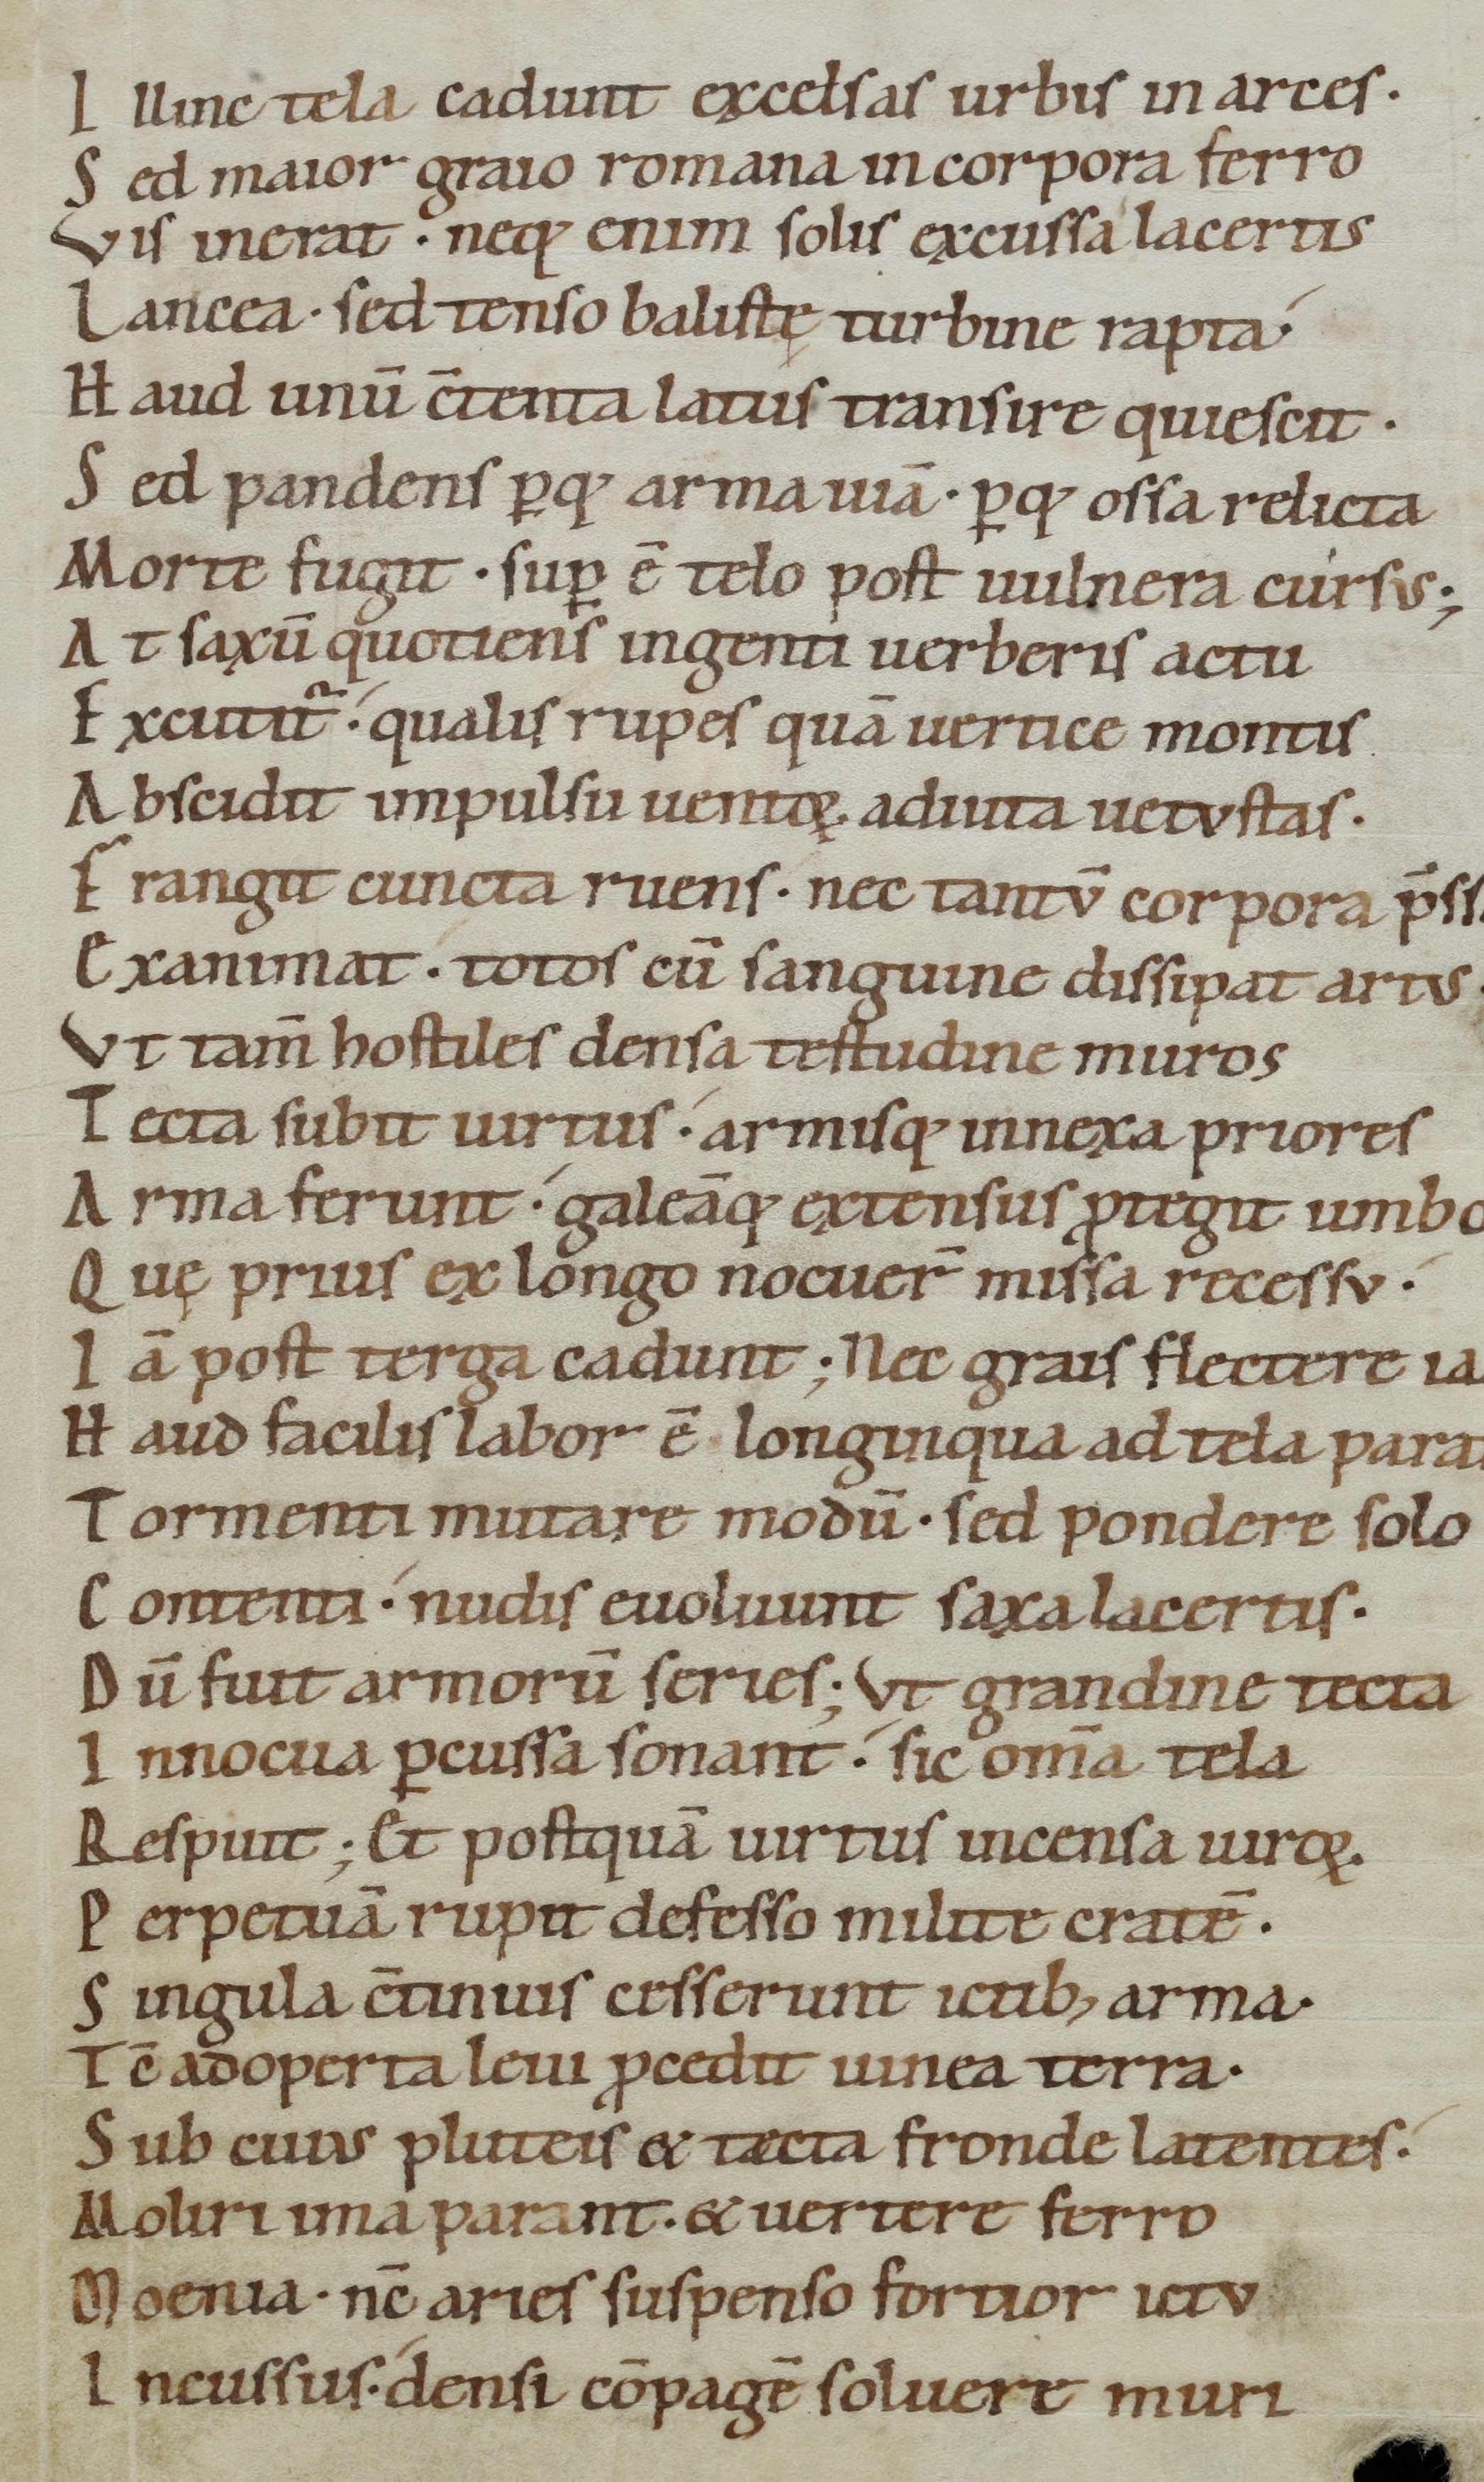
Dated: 1050–1074